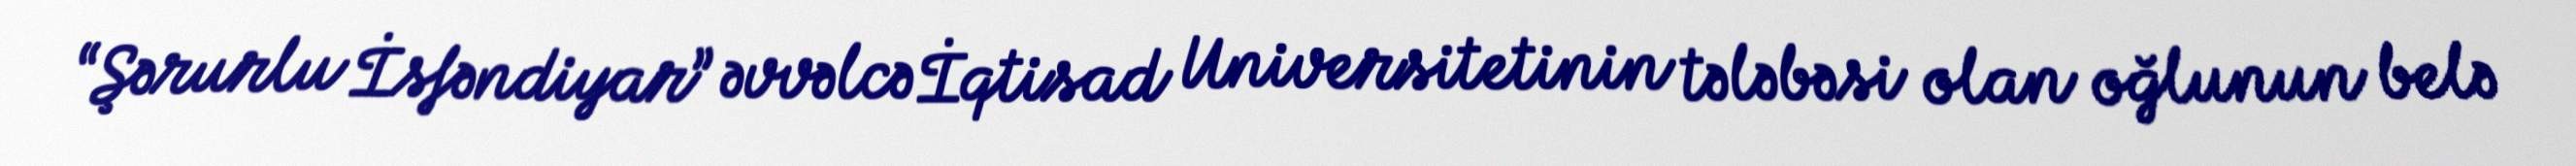
“Şərurlu İsfəndiyar” əvvəlcə İqtisad Universitetinin tələbəsi olan oğlunun belə